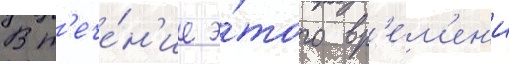
В т'ече́н'ие э́того вр'е́м'ен'и